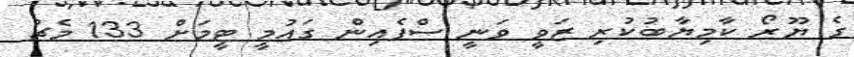
ގެ ޔޫރޯ ކާމިޔާބުކުރި ޒަވީ ވަނީ ސްޕެއިން ގައުމީ ޓީމަށް 133 މެޗު